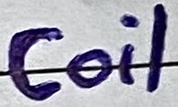
Text: Coil